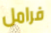
فرامل